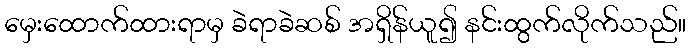
မှေးထောက်ထားရာမှ ခဲရာခဲဆစ် အရှိန်ယူ၍ နင်းထွက်လိုက်သည်။